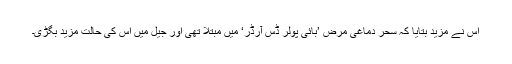
اس نے مزيد بتايا کہ سحر دماغی مرض ’بائی پولر ڈس آرڈر‘ ميں مبتلا تھی اور جيل ميں اس کی حالت مزيد بگڑی۔